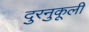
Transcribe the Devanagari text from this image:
दुरनुकूली